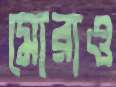
মোরাও